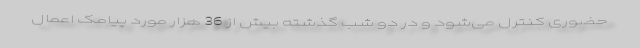
حضوری کنترل می‌شود و در دو شب گذشته بیش از 36 هزار مورد پیامک اعمال